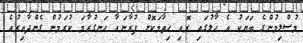
މުސްލިމުންގެ ބަޔަކު އެ ހާލުގައި ރޮއި ހިތާމަކޮށް ފުރާނައާ ހަނގުރާމަ ކުރަމުން ގެންދާއިރުއެ